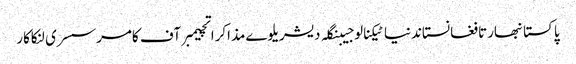
پاکستانبھارتافغانستاندنیاٹیکنالوجیبنگلہ دیشریلوےمذاکراتچیمبر آف کامرسسری لنکاکار